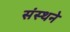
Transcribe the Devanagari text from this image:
संस्थने